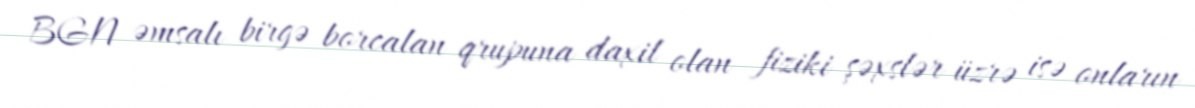
BGN əmsalı birgə borcalan qrupuna daxil olan fiziki şəxslər üzrə isə onların